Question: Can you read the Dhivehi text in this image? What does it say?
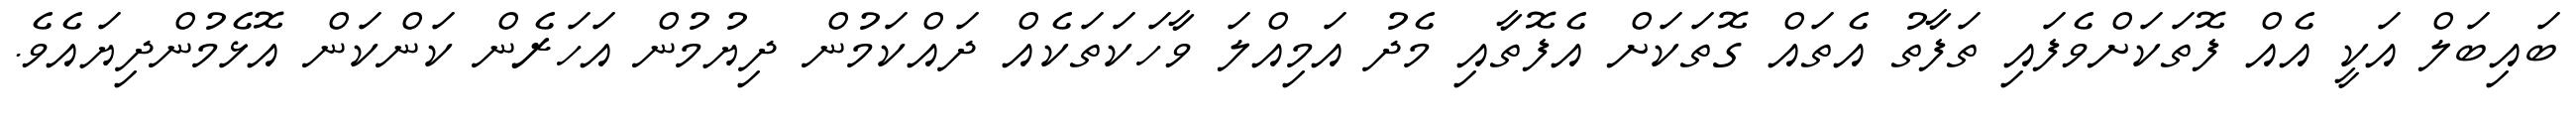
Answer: ބައިބަލް އަކީ އެއް ފޮތަކަށްވެފައި ތަފާތު އެތައް ގޮތަކަށް އެފޮތާއި މެދު އަމިއްލަ ވާހަކަތަކެއް ދައްކަމުން ދިޔުމުން އަހަރެން ކަންކަން އޮޅެމުންދިޔައެވެ.